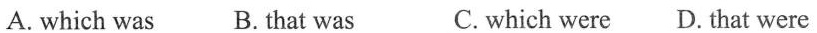
A. which was B. that was C. which were D. that were